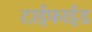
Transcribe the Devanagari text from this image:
टाईफाईड